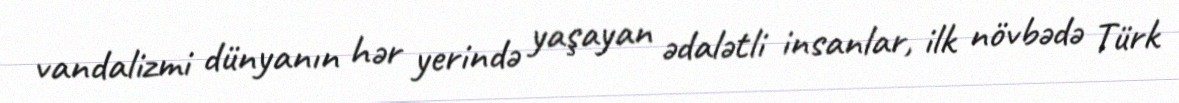
vandalizmi dünyanın hər yerində yaşayan ədalətli insanlar, ilk növbədə Türk